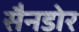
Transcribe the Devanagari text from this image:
सैनडोर